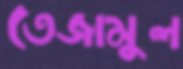
তেজামুল